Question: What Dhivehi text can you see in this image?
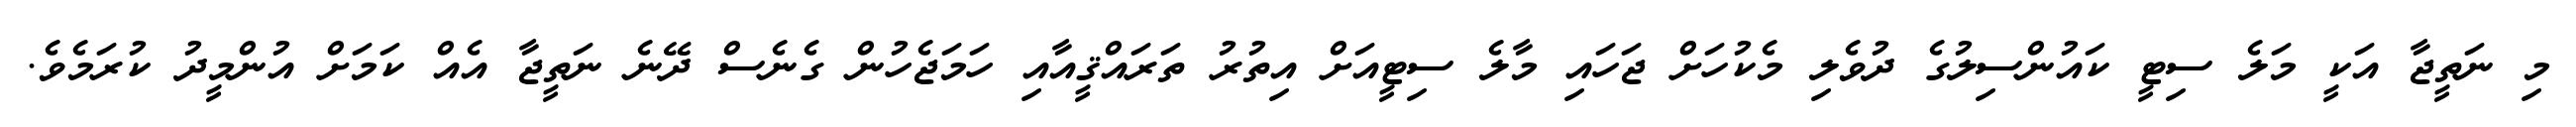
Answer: މި ނަތީޖާ އަކީ މަލެ ސިޓީ ކައުންސިލުގެ ދުވެލި މެކުހަށް ޖަހައި މާލެ ސިޓީއަށް އިތުރު ތަރައްޤީއާއި ހަމަޖެހުން ގެނެސް ދޭނެ ނަތީޖާ އެއް ކަމަށް އުންމީދު ކުރަމެވެ.